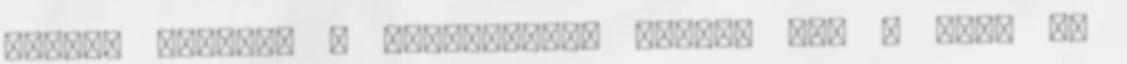
kicsit átírják a történetet. Katey: Még a doki is